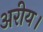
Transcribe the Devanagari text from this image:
अरीय।